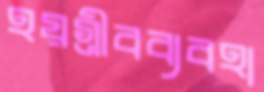
হয়গ্রীবব্যবহা